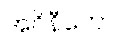
အဝိနီတော